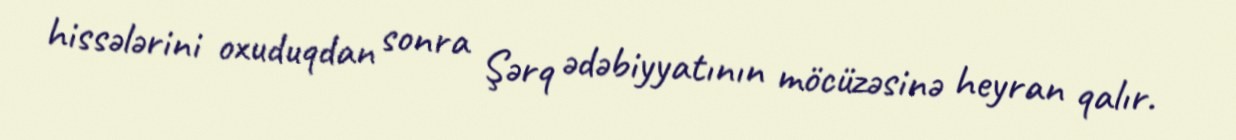
hissələrini oxuduqdan sonra Şərq ədəbiyyatının möcüzəsinə heyran qalır.